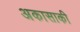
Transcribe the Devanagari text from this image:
अकासाकी